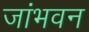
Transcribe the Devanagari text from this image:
जांभवन